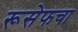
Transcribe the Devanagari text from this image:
रूसेफचा